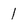
Character: 1